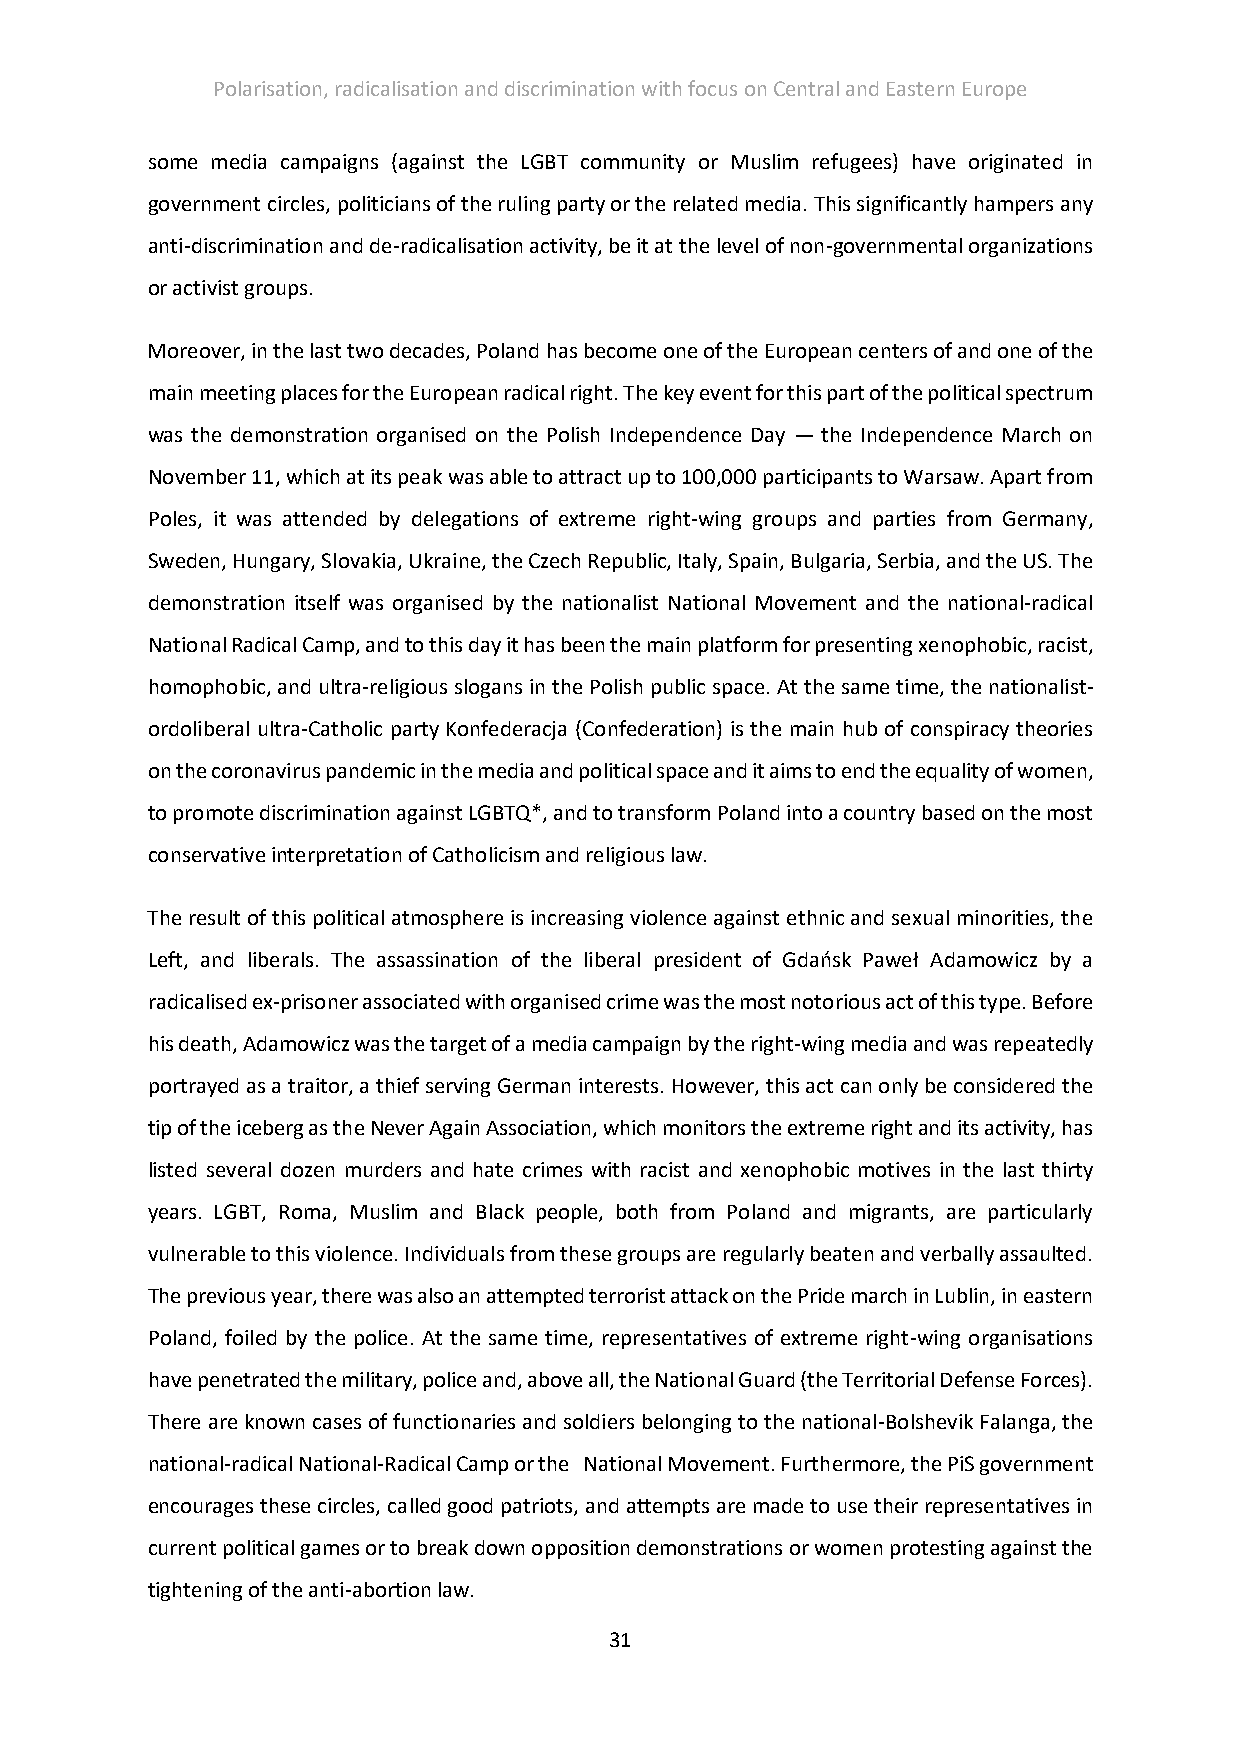
Polarisation, radicalisation and discrimination with focus on Central and Eastern Europe
 some media campaigns (against the LGBT community or Muslim refugees) have originated in
 government circles, politicians of the ruling party or the related media. This significantly hampers any
 anti-discrimination and de-radicalisation activity, be it at the level of non-governmental organizations
 or activist groups.
 Moreover, in the last two decades, Poland has become one of the European centers of and one of the
 main meeting places for the European radical right. The key event for this part of the political spectrum
 was the demonstration organised on the Polish Independence Day — the Independence March on
 November 11, which at its peak was able to attract up to 100,000 participants to Warsaw. Apart from
 Poles, it was attended by delegations of extreme right-wing groups and parties from Germany,
 Sweden, Hungary, Slovakia, Ukraine, the Czech Republic, Italy, Spain, Bulgaria, Serbia, and the US. The
 demonstration itself was organised by the nationalist National Movement and the national-radical
 National Radical Camp, and to this day it has been the main platform for presenting xenophobic, racist,
 homophobic, and ultra-religious slogans in the Polish public space. At the same time, the nationalist-
 ordoliberal ultra-Catholic party Konfederacja (Confederation) is the main hub of conspiracy theories
 on the coronavirus pandemic in the media and political space and it aims to end the equality of women,
 to promote discrimination against LGBTQ*, and to transform Poland into a country based on the most
 conservative interpretation of Catholicism and religious law.
 The result of this political atmosphere is increasing violence against ethnic and sexual minorities, the
 Left, and liberals. The assassination of the liberal president of Gdańsk Paweł Adamowicz by a
 radicalised ex-prisoner associated with organised crime was the most notorious act of this type. Before
 his death, Adamowicz was the target of a media campaign by the right-wing media and was repeatedly
 portrayed as a traitor, a thief serving German interests. However, this act can only be considered the
 tip of the iceberg as the Never Again Association, which monitors the extreme right and its activity, has
 listed several dozen murders and hate crimes with racist and xenophobic motives in the last thirty
 years. LGBT, Roma, Muslim and Black people, both from Poland and migrants, are particularly
 vulnerable to this violence. Individuals from these groups are regularly beaten and verbally assaulted.
 The previous year, there was also an attempted terrorist attack on the Pride march in Lublin, in eastern
 Poland, foiled by the police. At the same time, representatives of extreme right-wing organisations
 have penetrated the military, police and, above all, the National Guard (the Territorial Defense Forces).
 There are known cases of functionaries and soldiers belonging to the national-Bolshevik Falanga, the
 national-radical National-Radical Camp or the National Movement. Furthermore, the PiS government
 encourages these circles, called good patriots, and attempts are made to use their representatives in
 current political games or to break down opposition demonstrations or women protesting against the
 tightening of the anti-abortion law.
 31